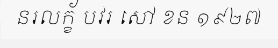
នរលក្ខ័ បវរ សៅ ខន ១៩២៧